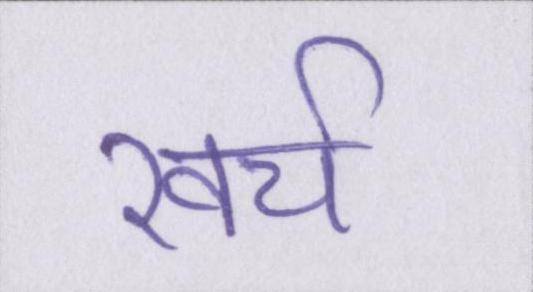
खर्च